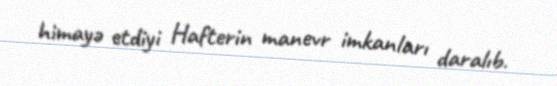
himayə etdiyi Hafterin manevr imkanları daralıb.